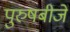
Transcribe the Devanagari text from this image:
पुरुषबीजे